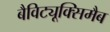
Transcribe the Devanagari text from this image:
बैविट्यूक्सिमैब